Lunatic asylums Punjab 1868-1880 - 1868-1880
Year: 1868
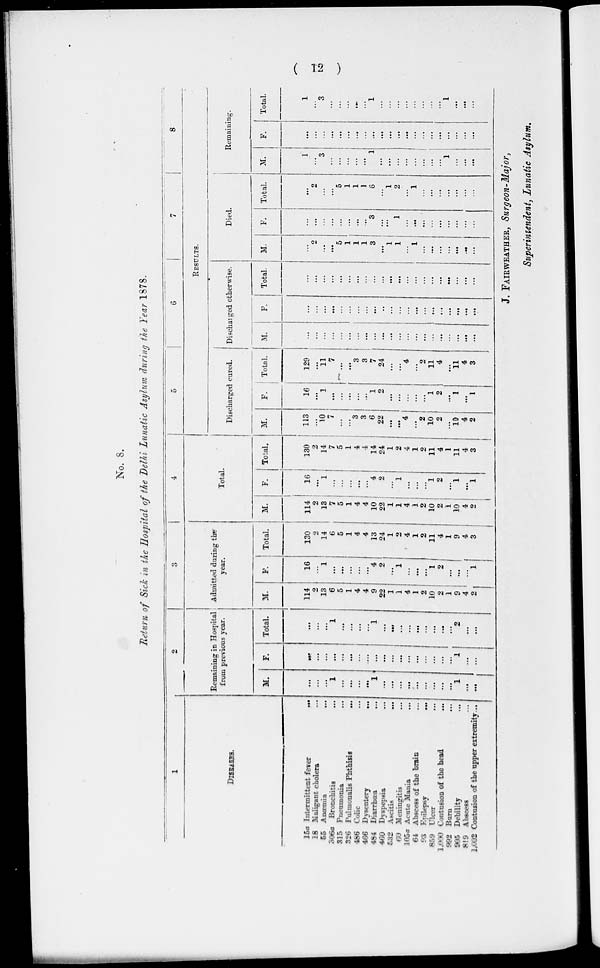
( 12 )
No. 8.
Return of Sick in the Hospital of the Delhi Lunatic Asylum during the Year 1878.
1
DISEASES.
15a
18
55
306a
315
326
466
466
464
460
532
60
105a
64
93
859
1,000
992
905
619
1,002
Intermittent fever
Maligant cholera
Anaemia
Bronchitis
Pneumonia
Pulmonalis Phthisis
Colic
Dysentery
Diarrhoea
Dyspepsia
Ascitis
Meningitis
Acute Mania
Abscess of the brain
Epilepsy
Ulcer
Contusion of the head
Born
Debility
Abscess
Contusion of the upper extremity
...
...
...
...
...
...
...
...
...
...
...
...
...
...
...
...
...
...
...
...
...
2
Remaining in Hospital
from previous year.
M.
...
...
...
1
...
...
....
...
1
...
...
...
...
...
...
...
...
...
1
...
...
F.
...
...
...
...
...
...
...
...
...
...
...
...
...
...
...
..
...
...
1
...
...
Total.
...
...
...
1
...
...
...
...
1
...
...
...
...
...
...
...
...
...
2
...
...
3
Admitted during the
year.
M.
114
2
13
6
5
1
4
4
9
22
1
1
4
1
2
10
2
1
9
4
2
F.
16
...
1
...
...
...
...
...
4
2
...
1
...
...
...
1
2
...
...
...
1
Total.
130
2
14
6
5
1
4
4
13
24
1
2
4
1
2
11
4
1
9
4
3
4
Total.
M.
114
2
13
7
5
1
4
4
10
22
1
1
4
1
2
10
2
1
10
4
2
F.
16
...
1
...
...
...
...
...
4
2
...
1
...
...
...
1
2
...
1
...
1
Total.
130
2
14
7
5
1
4
4
14
24
1
2
4
1
2
11
4
1
11
4
3
5
6
7
8
RESULTS.
Discharged cured..
M.
113
...
10
7
...
...
3
3
6
22
...
...
4
...
2
10
2
...
10
4
2
F.
16
...
1
...
...
...
...
...
1
2
...
...
...
...
...
1
2
...
1
...
1
Total.
129
...
11
7
...
...
3
3
7
24
...
...
4
...
2
11
4
...
11
4
3
Discharged otherwise.
M.
...
...
...
...
...
...
...
...
...
...
...
...
...
...
...
...
...
...
...
...
...
F.
...
...
...
...
...
...
...
...
...
...
...
...
...
...
...
...
...
...
...
...
Total.
...
...
...
...
...
...
...
...
...
...
...
...
...
...
...
...
...
...
...
...
Died.
M.
...
2
...
...
5
1
1
1
3
...
1
1
...
1
...
...
...
...
...
...
...
F.
...
...
...
...
...
...
...
...
3
...
...
1
...
...
...
...
...
...
...
...
...
Total.
...
2
...
...
5
1
1
1
6
...
1
2
...
1
...
...
...
...
...
...
...
Remaining.
M.
1
...
3
...
...
...
...
...
1
...
...
...
...
...
...
...
...
1
...
...
...
F.
...
...
...
...
...
...
...
...
...
...
...
...
...
...
...
...
...
...
...
...
...
Total.
1
...
3
...
...
...
...
...
1
...
...
...
...
...
...
...
...
1
...
...
...
J. FAIRWEATHER, Surgeon-Major,
Superintendent, Lunatic Asylum.